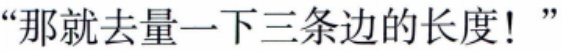
“那就去量一下三条边的长度！”